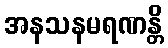
အနသနမရဏန္တိ